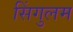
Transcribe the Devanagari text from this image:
सिंगुलम